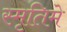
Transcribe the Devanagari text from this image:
स्मृतिमे